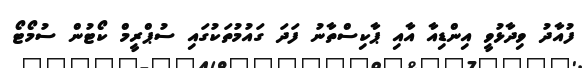
ފުއާދު ވިދާޅުވީ އިންޑިއާ އާއި ޕާކިސްތާނު ފަދަ ގައުމުތަކުގައި ސުޕްރީމް ކޯޓުން ސުމޯޓޯ